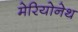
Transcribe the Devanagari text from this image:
मेरियोनेथ